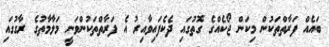
ބައެއް ފަރާތްތަކުން މިކަން ޖޯކެއްގެ ގޮތުގައި ދެކެފައިވާއިރު އެ ފަރާތްތަކުންވަނީ މަލާމާތުގެ ރާގުގައި